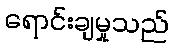
ရောင်းချမှုသည်